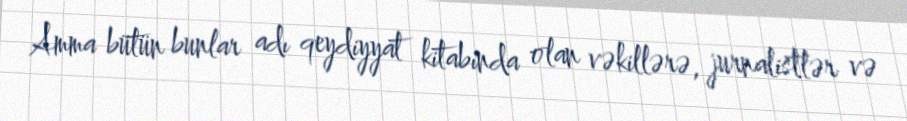
Amma bütün bunlar adı qeydiyyat kitabında olan vəkillərə, jurnalistlər və